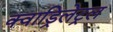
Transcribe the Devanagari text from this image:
क्वाड्रिलेट्रल